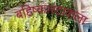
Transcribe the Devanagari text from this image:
बहिष्कारटाकला